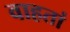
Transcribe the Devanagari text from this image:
वाहतां